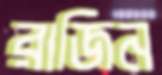
রাজিন